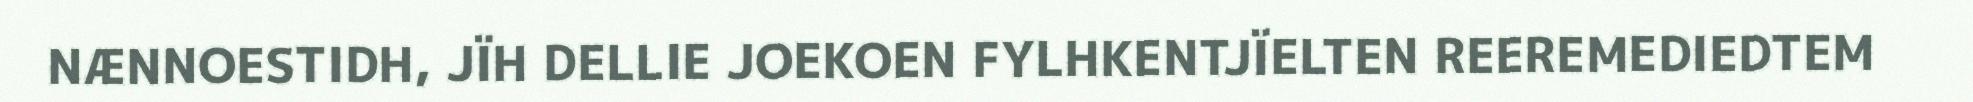
NÆNNOESTIDH, JÏH DELLIE JOEKOEN FYLHKENTJÏELTEN REEREMEDIEDTEM